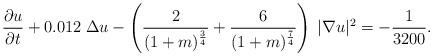
LaTeX: \begin{align*} \frac {\partial u}{\partial t} + 0.012 \; \Delta u - \left( \frac {2} {(1+m)^{\frac 3 4}} + \frac {6} {(1+m)^{\frac 7 4}}\right) \; |\nabla u|^2= - \frac 1 {3200}. \end{align*}